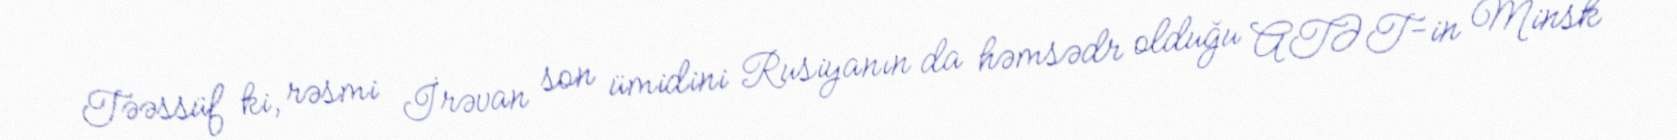
Təəssüf ki, rəsmi İrəvan son ümidini Rusiyanın da həmsədr olduğu ATƏT-in Minsk